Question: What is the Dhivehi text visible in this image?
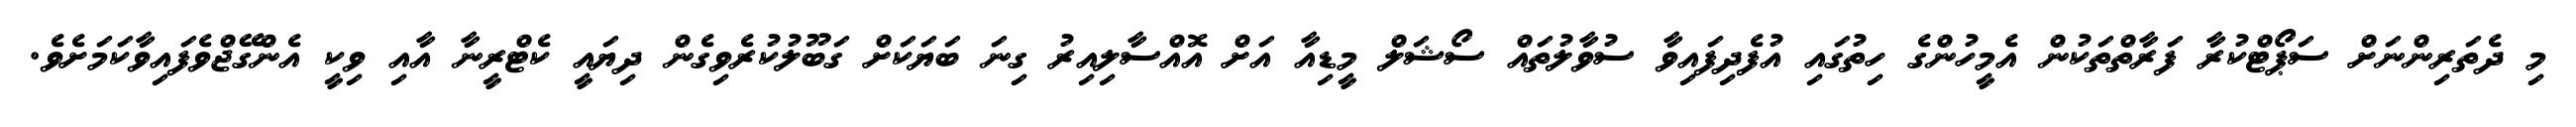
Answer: މި ދެތަރިންނަށް ސަޕޯޓްކުރާ ފަރާތްތަކުން އެމީހުންގެ ހިތުގައި އުފެދިފައިވާ ސުވާލުތައް ސޯޝަލް މީޑިއާ އަށް އޮއްސާލިއިރު ގިނަ ބަޔަކަށް ގަބޫލުކުރެވިގެން ދިޔައީ ކެޓްރީނާ އާއި ވިކީ އެންގޭޖްވެފައިވާކަމަށެވެ.